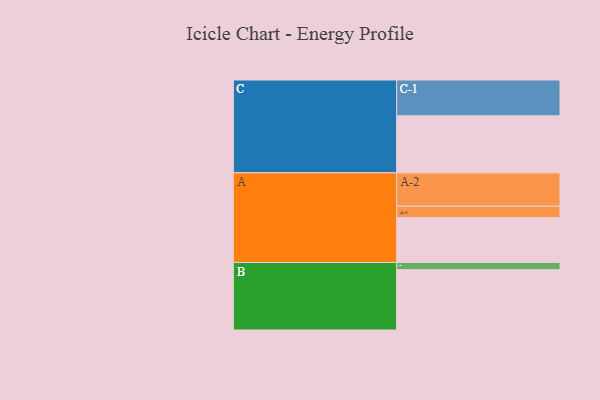
{"axis": {"x": "Segment", "y": "Value"}, "legend": ["", "A", "B", "C"], "data": [{"x": "A", "y": 320, "type": ""}, {"x": "B", "y": 431, "type": ""}, {"x": "C", "y": 407, "type": ""}, {"x": "A-1", "y": 82, "type": "A"}, {"x": "A-2", "y": 238, "type": "A"}, {"x": "B-1", "y": 51, "type": "B"}, {"x": "C-1", "y": 256, "type": "C"}]}